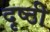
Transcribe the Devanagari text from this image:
दृष्ठी